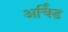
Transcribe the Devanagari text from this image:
अर्चिंड